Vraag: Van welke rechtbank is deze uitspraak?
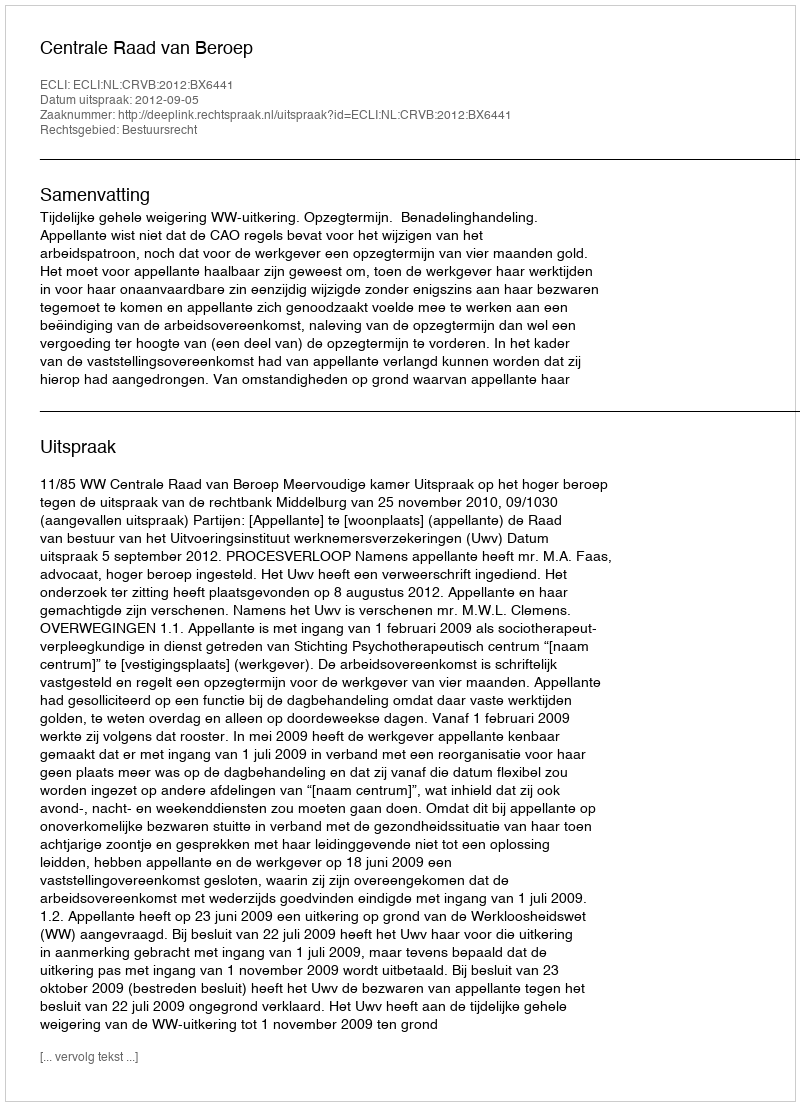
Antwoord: Centrale Raad van Beroep